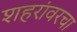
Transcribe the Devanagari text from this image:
शहरांवरचा